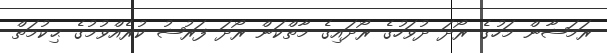
ރަމަޟާން މަހުގެ ރޯދަ ދުވަހުގެ ރޯދައިގެ މާތްކަން ރޯދަ ފަރުޟު ކުރެއްވުމުގެ ޙިކުމަތް